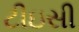
ટીઇસી